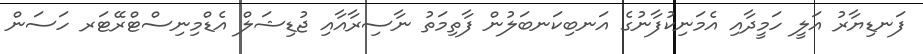
ފަނޑިޔާރު އަލީ ހަމީދާއި އެމަނިކުފާނުގެ އަނބިކަނބަލުން ފާތިމަތު ނާސިރާއާއި ޖުޑިޝަލް އެޑްމިނިސްޓްރޭޓަރ ހަސަން